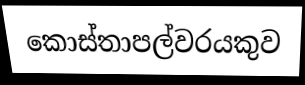
කොස්තාපල්වරයකුව